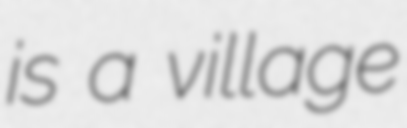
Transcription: is a village